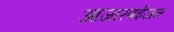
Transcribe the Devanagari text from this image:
आजारबईजन